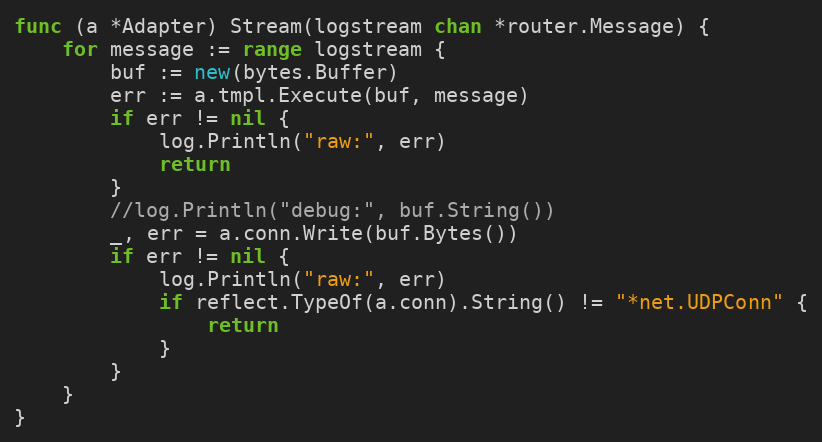
Language: Go
func (a *Adapter) Stream(logstream chan *router.Message) {
	for message := range logstream {
		buf := new(bytes.Buffer)
		err := a.tmpl.Execute(buf, message)
		if err != nil {
			log.Println("raw:", err)
			return
		}
		//log.Println("debug:", buf.String())
		_, err = a.conn.Write(buf.Bytes())
		if err != nil {
			log.Println("raw:", err)
			if reflect.TypeOf(a.conn).String() != "*net.UDPConn" {
				return
			}
		}
	}
}